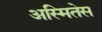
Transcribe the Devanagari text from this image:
अस्मितेस